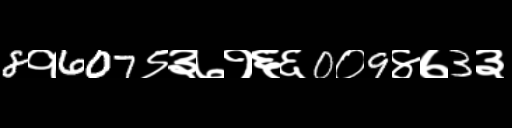
Text: 8१607९३७१६६0०9४७3३